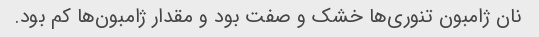
نان ژامبون تنوری‌ها خشک و صفت بود و مقدار ژامبون‌ها کم بود.